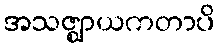
အသဇ္ဈာယကတာပိ